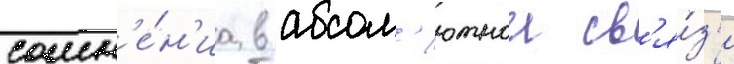
сомн'е́н'иа в абсол'ютнои св'я́з'и